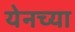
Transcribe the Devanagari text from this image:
येनच्या